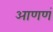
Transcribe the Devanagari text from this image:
आणणं